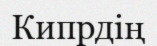
Кипрдің